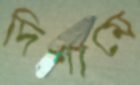
দিশামে